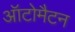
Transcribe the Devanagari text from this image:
ऑटोमैटन